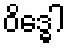
ဝိဒ္ဓေါ